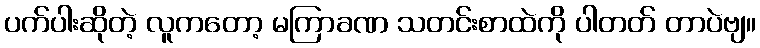
ပက်ပါးဆိုတဲ့ လူကတော့ မကြာခဏ သတင်းစာထဲကို ပါတတ် တာပဲဗျ။